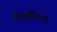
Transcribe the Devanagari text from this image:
बिसुद्धिमग्ग